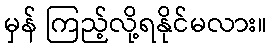
မှန် ကြည့်လို့ရနိုင်မလား။